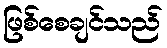
ဖြစ်စေချင်သည်